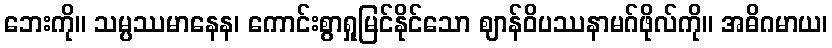
ဘေးကို။ သမ္ပဿမာနေန၊ ကောင်းစွာရှုမြင်နိုင်သော ဈာန်ဝိပဿနာမဂ်ဖိုလ်ကို။ အဓိဂမာယ၊